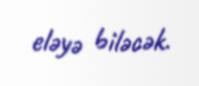
eləyə biləcək.